342_HS1-416511228_319.1 Flying Discs 1949
Agency: Department of War
Incident date: 1/9/50
Page 88
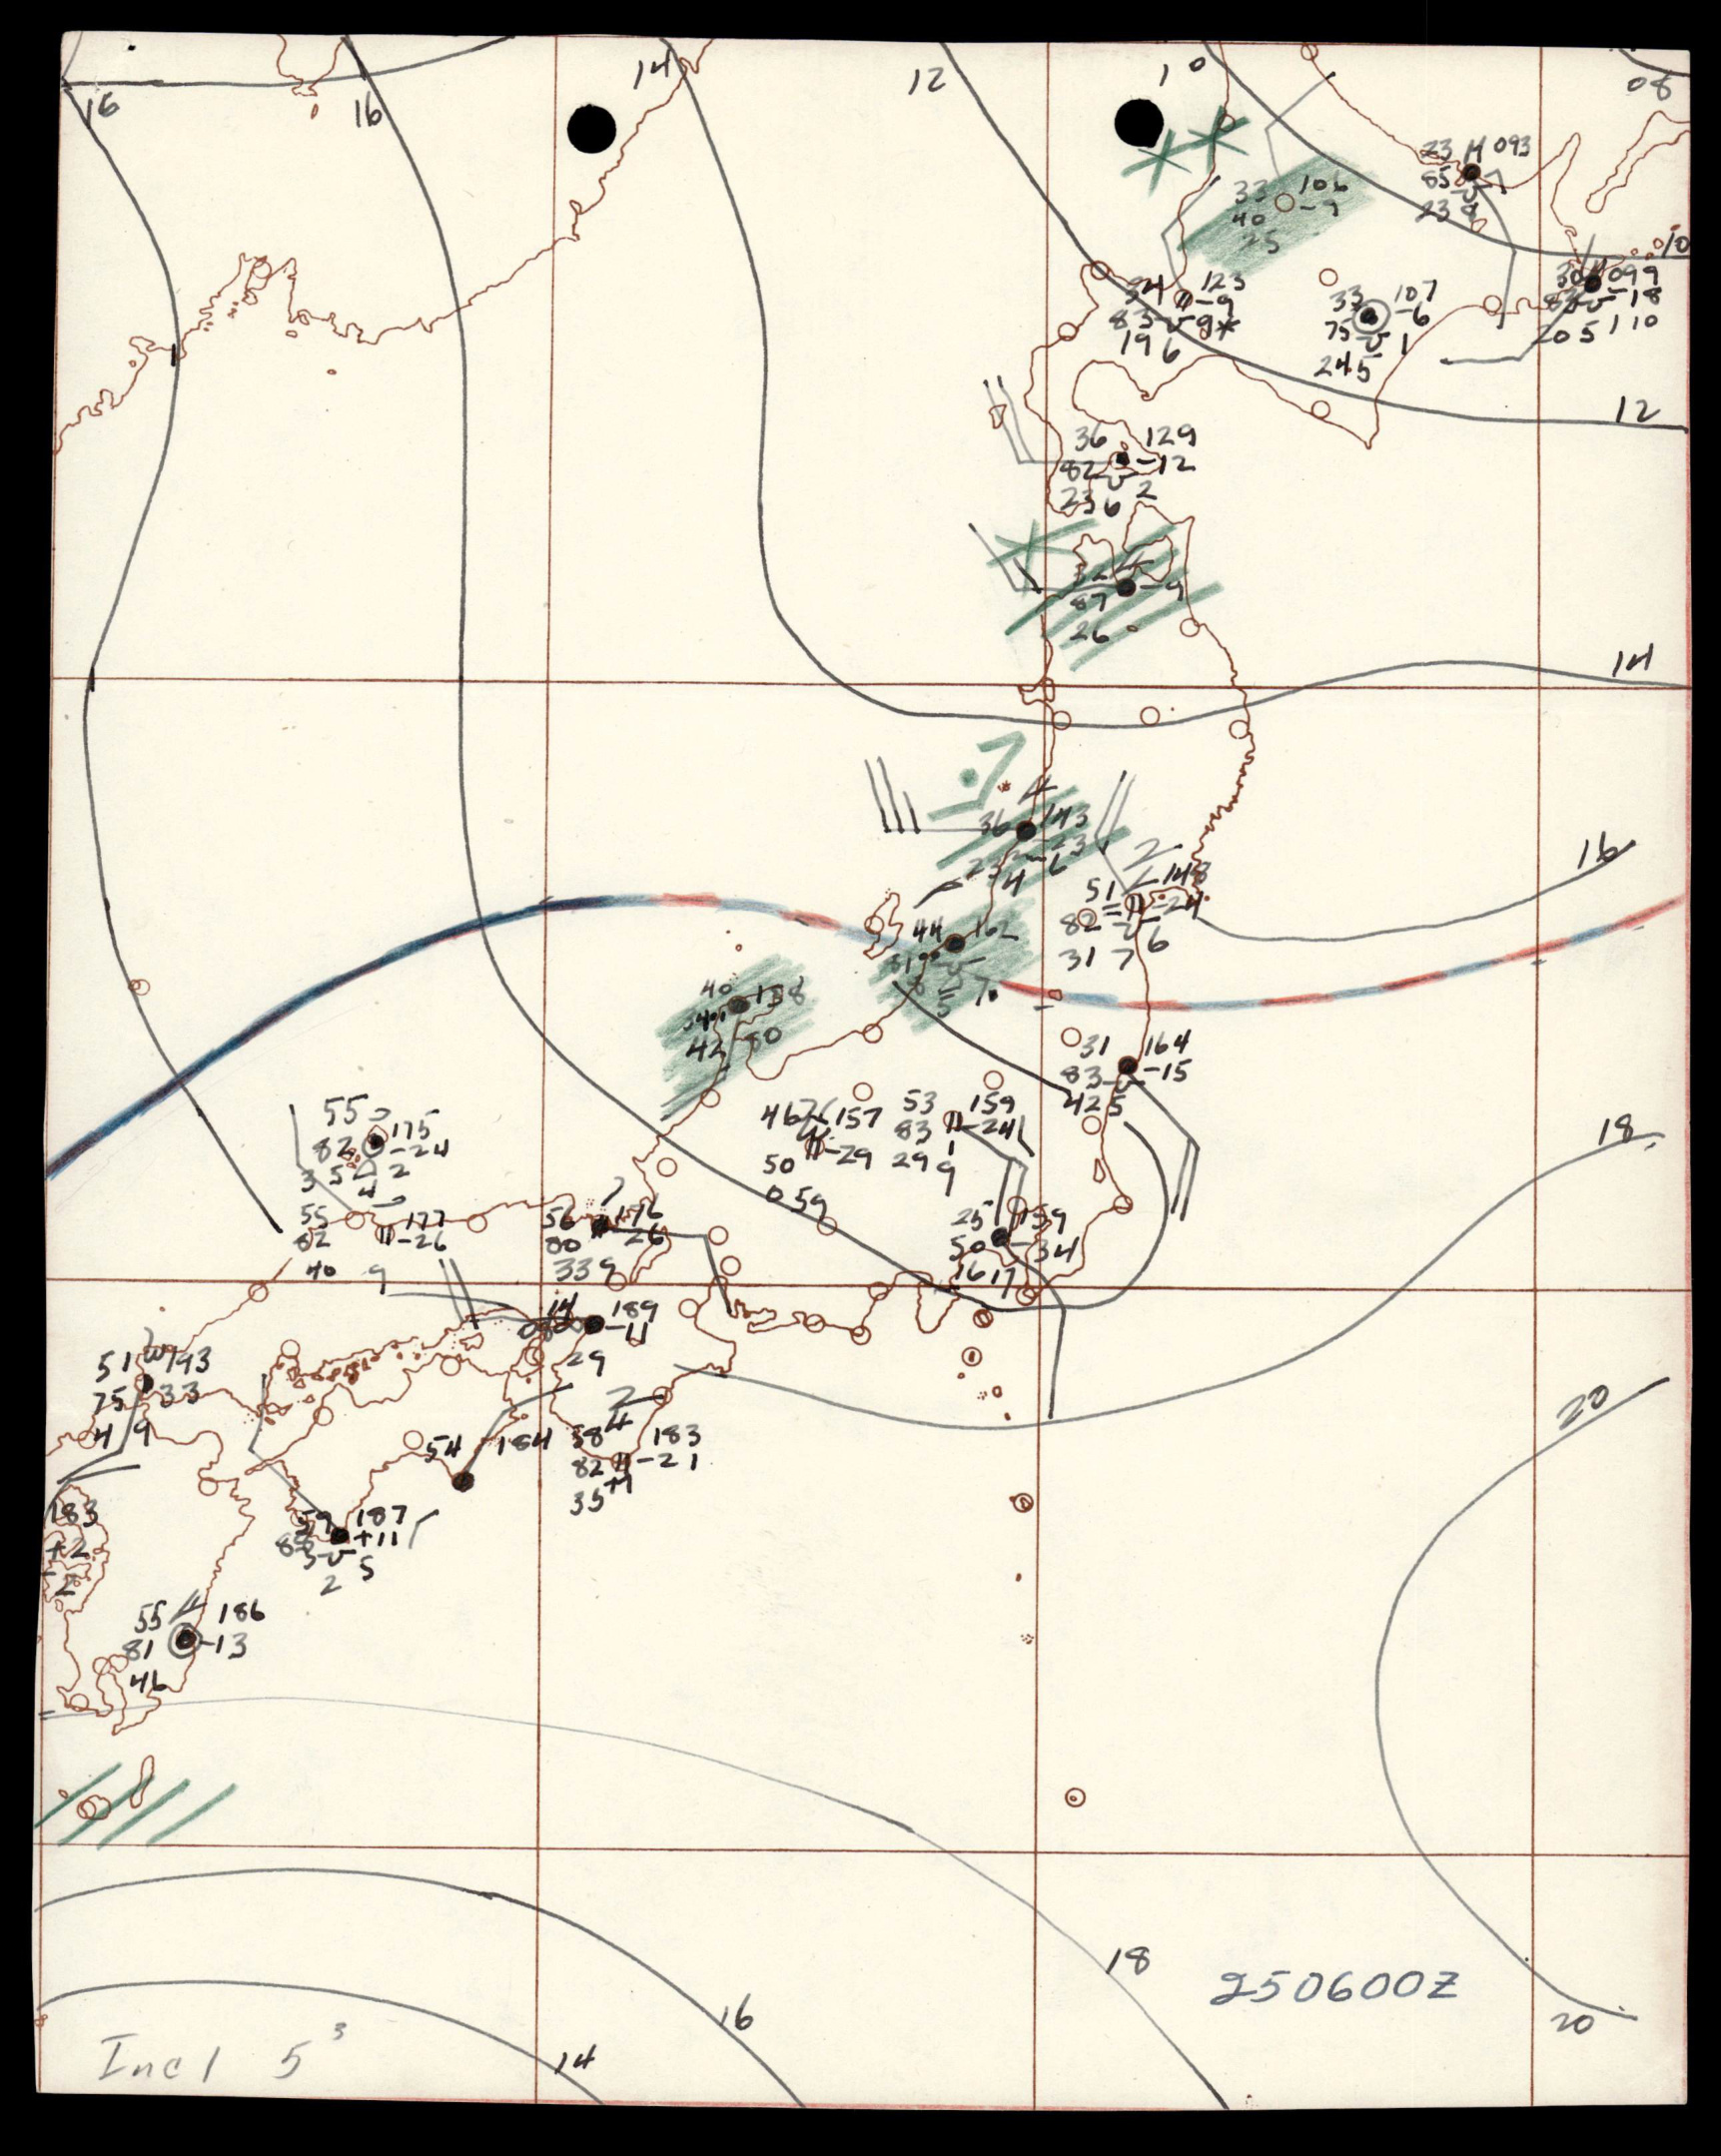